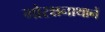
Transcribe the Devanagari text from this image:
गोरक्षनाथानें